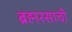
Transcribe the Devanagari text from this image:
ब्रह्मरसाची